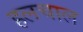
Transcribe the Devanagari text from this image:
हलचाल